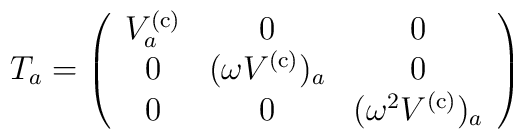
T_a=\left( \begin{array}{ccc}V_a^{(\rm c)} & 0 & 0 \\ 0 & (\omega V^{(\rm c)})_a & 0 \\ 0 & 0 & (\omega^2 V^{(\rm c)})_a\end{array} \right)